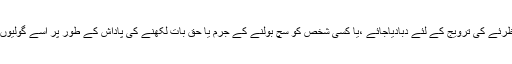
اس لئے کہ جس جمہوری ملک میں عوام کی آواز کو اپنے ذاتی مفاد یا اپنے خاص نظرئے کی ترویج کے لئے دبادیاجائے ،یا کسی شخص کو سچ بولنے کے جرم یا حق بات لکھنے کی پاداش کے طور پر اسے گولیوں سے چھلنی کردیاجائے،یہ جمہوریت کے لئے سب سے خطرناک صورت حال ہے۔